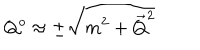
Q ^ { o } \approx \pm \sqrt { m ^ { 2 } + { \vec { Q } } ^ { 2 } }